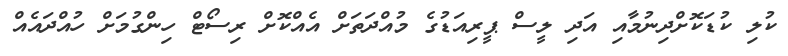
ކުލި ކުޑަކޮށްދިނުމާއި އަދި ލީސް ޕީރިއަޑުގެ މުއްދަތަށް އެއްކޮށް ރިސޯޓް ހިންގުމަށް ހުއްދައެއް